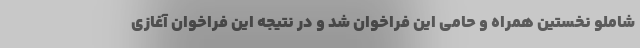
شاملو نخستین همراه و حامی این فراخوان شد و در نتیجه این فراخوان آغازی